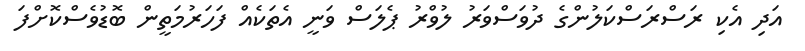
އަދި އެކި ރަސްރަސްކަލުންގެ ދުވަސްވަރު ލުވްރު ޕެލަސް ވަނީ އެތަކެއް ފަހަރުމަތީން ބޮޑުވެސްކޮށްފަ